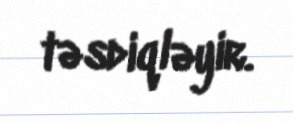
təsdiqləyir.